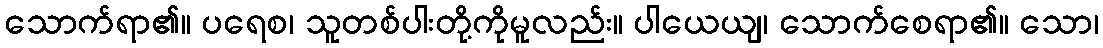
သောက်ရာ၏။ ပရေစ၊ သူတစ်ပါးတို့ကိုမူလည်း။ ပါယေယျ၊ သောက်စေရာ၏။ သော၊